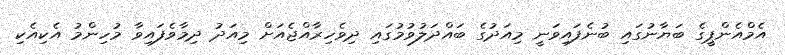
އެމްއެންޕީގެ ބަޔާނުގައި ބުނެފައިވަނީ މިއަދުގެ ބައްދަލުވުމުގައި ދިވެހިރާއްޖެއަށް މިއަދު ދިމާވެފައިވާ މުހިންމު އެކިއެކި